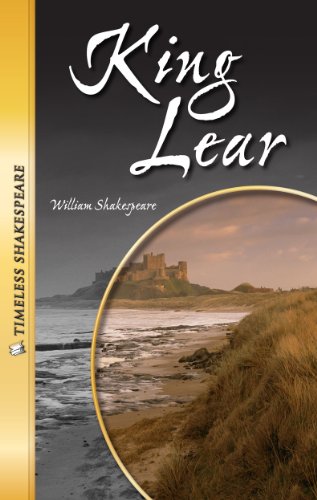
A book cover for King Lear- Timeless Shakespeare; William Shakespeare; Literature & Fiction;